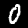
Digit: 0